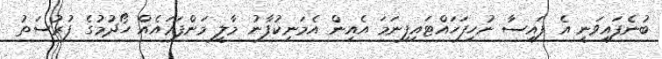
ބުނެފައިވަނީ އެ ފައިސާ ނުހިފަހައްޓައިފިނަމަ އެއިން އެމަނިކުފާނު މާލީ މަންފަޢައެއް ހޯދުމުގެ ފުރުސަތު